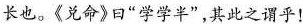
长也。《兑命》曰”学学半”，其此之谓乎！